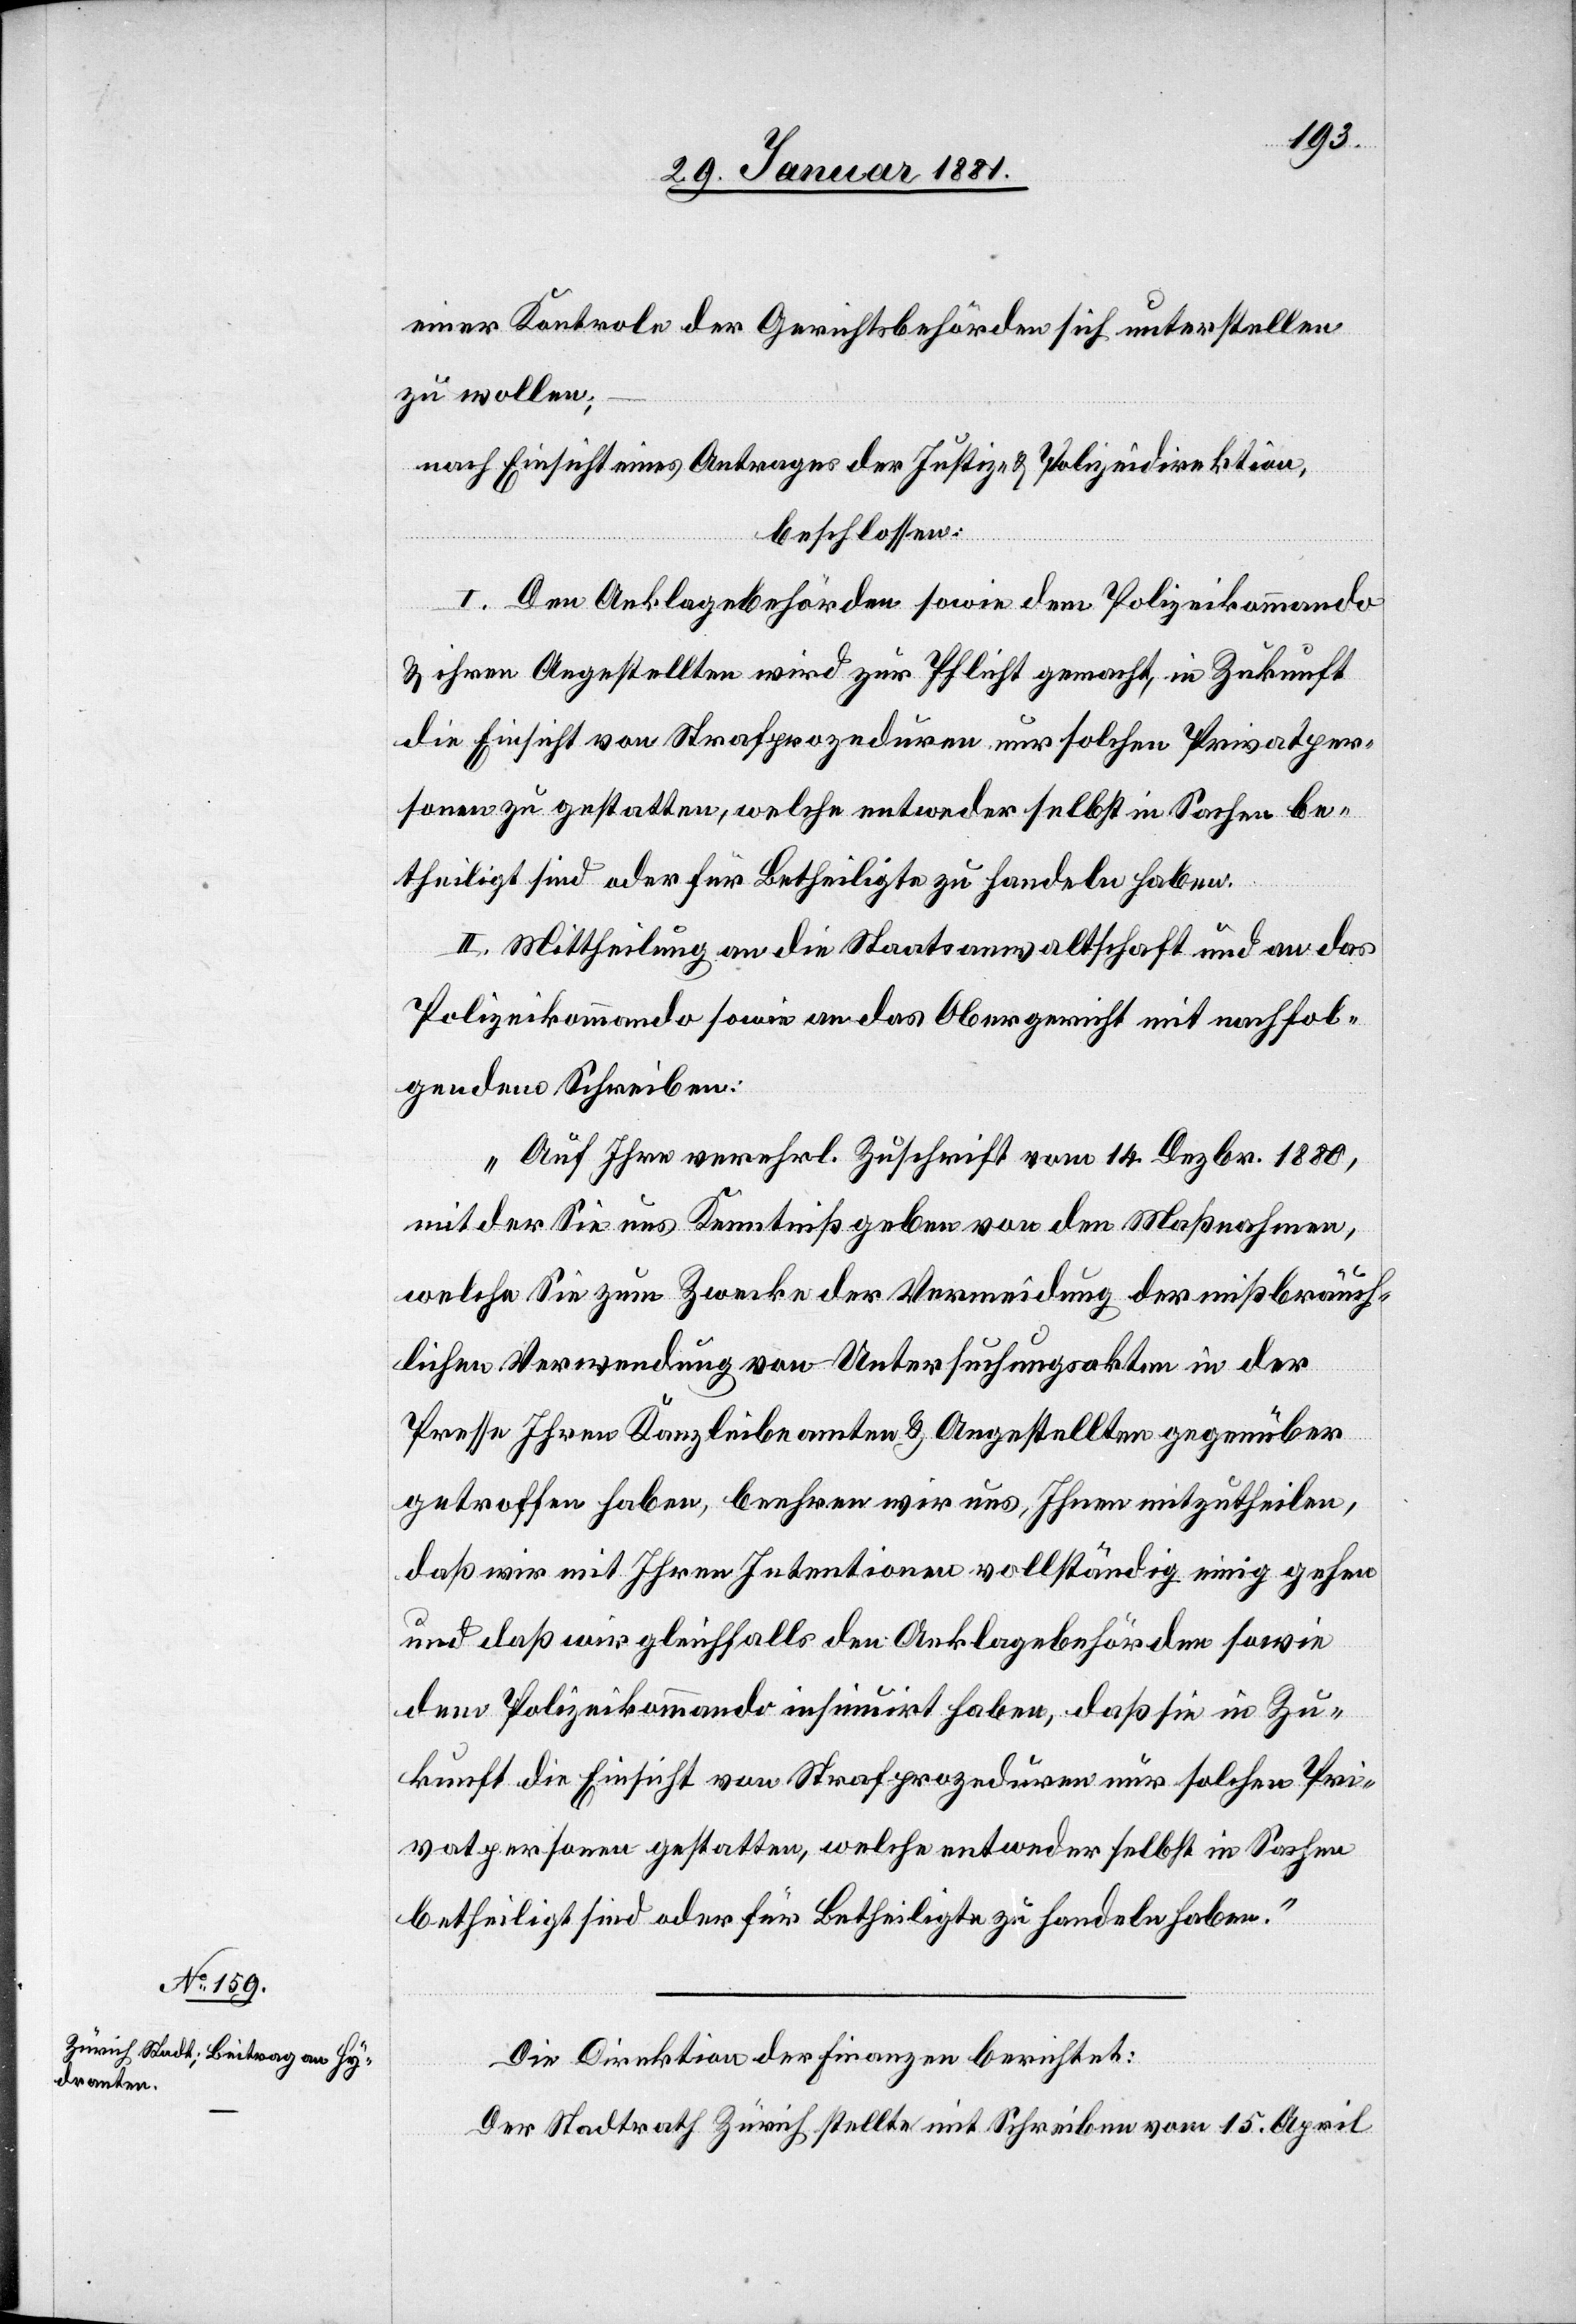
einer Kontrole der Gerichtsbehörden sich unterstellen
zu wollen;
nach Einsicht eines Antrages der Justiz- & Polizeidirektion,
beschlossen:
I. Den Anklagebehörden sowie dem Polizeikommando
& ihren Angestellten wird zur Pflicht gemacht, in Zukunft
die Einsicht von Strafprozeduren nur solchen Privatper¬
sonen zu gestatten, welche entweder selbst in Sachen be¬
theiligt sind oder für Betheiligte zu handeln haben.
II. Mittheilung an die Staatsanwaltschaft und an das
Polizeikommando sowie an das Obergericht mit nachfol¬
gendem Schreiben:
„Auf Ihre verehrl. Zuschrift vom 14. Dezbr. 1880,
mit der Sie uns Kenntniß geben von den Maßnahmen,
welche Sie zum Zwecke der Vermeidung der mißbräuch¬
lichen Verwendung von Untersuchungsakten in der
Presse Ihren Kanzleibeamten & Angestellten gegenüber
getroffen haben, beehren wir uns, Ihnen mitzutheilen,
daß wir mit Ihren Intentionen vollständig einig gehen
und daß wir gleichfalls den Anklagebehörden sowie
dem Polizeikommando insinuirt haben, daß sie in Zu¬
kunft die Einsicht von Strafprozeduren nur solchen Pri¬
vatpersonen gestatten, welche entweder selbst in Sachen
betheiligt sind oder für Betheiligte zu handeln haben.“
Die Direktion der Finanzen berichtet:
Der Stadtrath Zürich stellte mit Schreiben vom 15. April